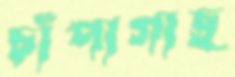
চাঁপাগাছ